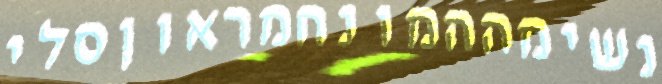
נשימההמונחמראוןסלי